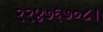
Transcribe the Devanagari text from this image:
२२४७६७०८।